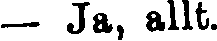
— Ja, allt.